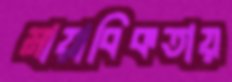
মায়াবিকতায়